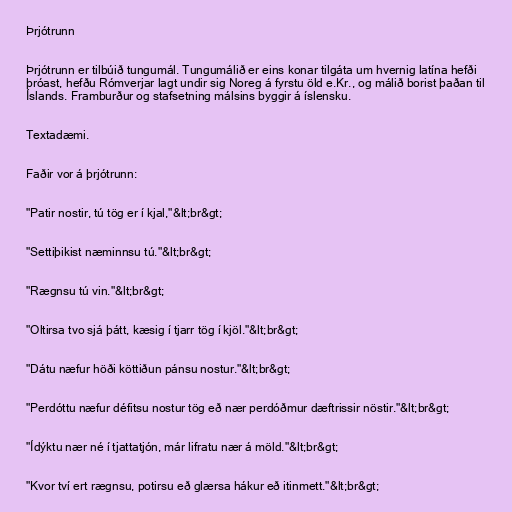
Þrjótrunn

Þrjótrunn er tilbúið tungumál. Tungumálið er eins konar tilgáta um hvernig latína hefði
þróast, hefðu Rómverjar lagt undir sig Noreg á fyrstu öld e.Kr., og málið borist þaðan til
Íslands. Framburður og stafsetning málsins byggir á íslensku.

Textadæmi.

Faðir vor á þrjótrunn:

"Patir nostir, tú tög er í kjal,"&lt;br&gt;

"Settiþikist næminnsu tú."&lt;br&gt;

"Rægnsu tú vin."&lt;br&gt;

"Oltirsa tvo sjá þátt, kæsig í tjarr tög í kjöl."&lt;br&gt;

"Dátu næfur höði köttiðun pánsu nostur."&lt;br&gt;

"Perdóttu næfur défitsu nostur tög eð nær perdóðmur dæftrissir nöstir."&lt;br&gt;

"Ídýktu nær né í tjattatjón, már lifratu nær á möld."&lt;br&gt;

"Kvor tví ert rægnsu, potirsu eð glærsa hákur eð itinmett."&lt;br&gt;